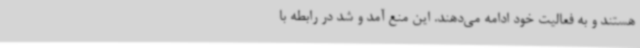
هستند و به فعالیت خود ادامه می‌دهند. این منع آمد و شد در رابطه با